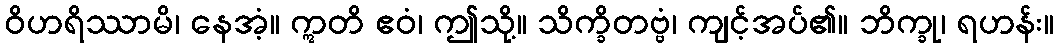
ဝိဟရိဿာမိ၊ နေအံ့။ ဣတိ ဧဝံ၊ ဤသို့။ သိက္ခိတဗ္ဗံ၊ ကျင့်အပ်၏။ ဘိက္ခု၊ ရဟန်း။